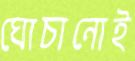
ঘোচানোই